Manual of the Civil Veterinary Department, Central Provinces and Berar
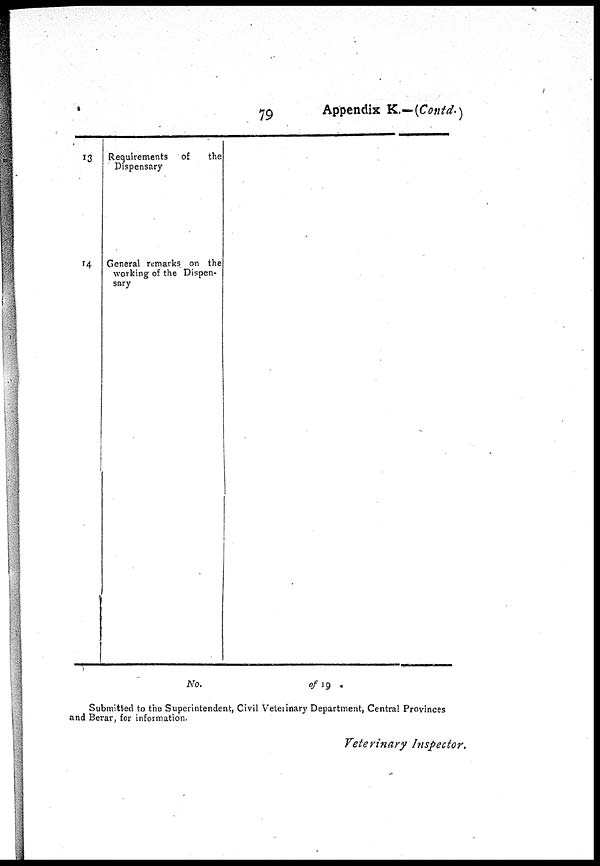
79
Appendix K.—(Contd.)
13
14
Requirements
of
the
Dispensary
General remarks on the
working of the Dispen-
sary
No.
of 19
Submitted to the Superintendent, Civil Veterinary Department, Central Provinces
and Berar, for information.
Veterinary Inspector.